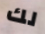
لك